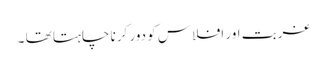
غربت اور افلاس کو دور کرنا چاہتا تھا ۔